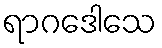
ရာဂဒေါသေ